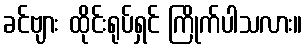
ခင်ဗျား ထိုင်းရုပ်ရှင် ကြိုက်ပါသလား။